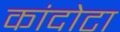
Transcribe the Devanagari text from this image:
कांदोटा